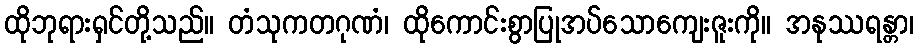
ထိုဘုရားရှင်တို့သည်။ တံသုကတဂုဏံ၊ ထိုကောင်းစွာပြုအပ်သောကျေးဇူးကို။ အနုဿရန္တာ၊